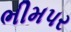
ભીમપર